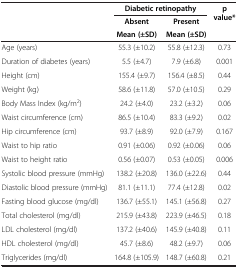
<table><thead><tr><td rowspan="2"><b> </b></td><td colspan="2"><b>Diabetic retinopathy</b></td><td rowspan="2"><b>p value*</b></td></tr><tr><td><b>Absent</b></td><td><b>Present</b></td></tr><tr><td><b> </b></td><td><b>Mean (±SD)</b></td><td><b>Mean (±SD)</b></td><td><b> </b></td></tr></thead><tbody><tr><td>Age (years)</td><td>55.3 (±10.2)</td><td>55.8 (±12.3)</td><td>0.73</td></tr><tr><td>Duration of diabetes (years)</td><td>5.5 (±4.7)</td><td>7.9 (±6.8)</td><td>0.001</td></tr><tr><td>Height (cm)</td><td>155.4 (±9.7)</td><td>156.4 (±8.5)</td><td>0.44</td></tr><tr><td>Weight (kg)</td><td>58.6 (±11.8)</td><td>57.0 (±10.5)</td><td>0.29</td></tr><tr><td>Body Mass Index (kg/m<sup>2</sup>)</td><td>24.2 (±4.0)</td><td>23.2 (±3.2)</td><td>0.06</td></tr><tr><td>Waist circumference (cm)</td><td>86.5 (±10.4)</td><td>83.3 (±9.2)</td><td>0.02</td></tr><tr><td>Hip circumference (cm)</td><td>93.7 (±8.9)</td><td>92.0 (±7.9)</td><td>0.167</td></tr><tr><td>Waist to hip ratio</td><td>0.91 (±0.06)</td><td>0.92 (±0.06)</td><td>0.06</td></tr><tr><td>Waist to height ratio</td><td>0.56 (±0.07)</td><td>0.53 (±0.05)</td><td>0.006</td></tr><tr><td>Systolic blood pressure (mmHg)</td><td>138.2 (±20.8)</td><td>136.0 (±22.6)</td><td>0.44</td></tr><tr><td>Diastolic blood pressure (mmHg)</td><td>81.1 (±11.1)</td><td>77.4 (±12.8)</td><td>0.02</td></tr><tr><td>Fasting blood glucose (mg/dl)</td><td>136.7 (±55.1)</td><td>145.1 (±56.8)</td><td>0.27</td></tr><tr><td>Total cholesterol (mg/dl)</td><td>215.9 (±43.8)</td><td>223.9 (±46.5)</td><td>0.18</td></tr><tr><td>LDL cholesterol (mg/dl)</td><td>137.2 (±40.6)</td><td>145.9 (±40.8)</td><td>0.11</td></tr><tr><td>HDL cholesterol (mg/dl)</td><td>45.7 (±8.6)</td><td>48.2 (±9.7)</td><td>0.06</td></tr><tr><td>Triglycerides (mg/dl)</td><td>164.8 (±105.9)</td><td>148.7 (±60.8)</td><td>0.21</td></tr></tbody></table>